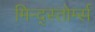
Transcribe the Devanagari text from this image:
मिन्द्स्तोर्म्स